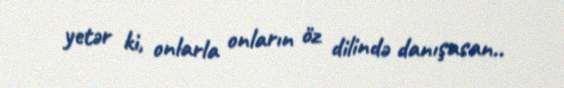
yetər ki, onlarla onların öz dilində danışasan..